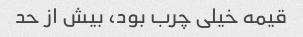
قیمه خیلی چرب بود، بیش از حد